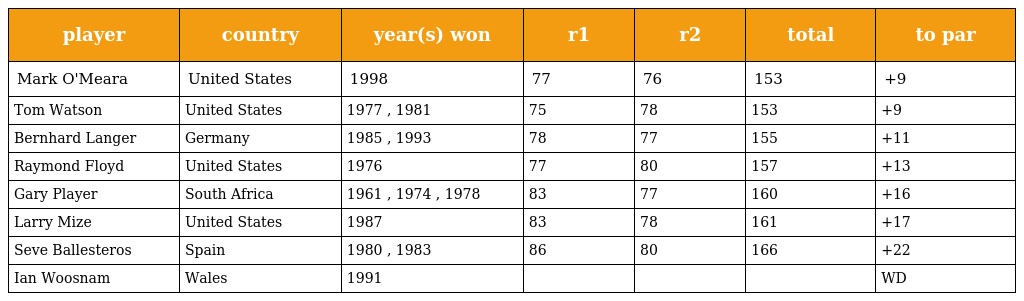
| player | country | year(s) won | r1 | r2 | total | to par |
 | --- | --- | --- | --- | --- | --- | --- |
 | Mark O'Meara | United States | 1998 | 77 | 76 | 153 | +9 |
 | Tom Watson | United States | 1977 , 1981 | 75 | 78 | 153 | +9 |
 | Bernhard Langer | Germany | 1985 , 1993 | 78 | 77 | 155 | +11 |
 | Raymond Floyd | United States | 1976 | 77 | 80 | 157 | +13 |
 | Gary Player | South Africa | 1961 , 1974 , 1978 | 83 | 77 | 160 | +16 |
 | Larry Mize | United States | 1987 | 83 | 78 | 161 | +17 |
 | Seve Ballesteros | Spain | 1980 , 1983 | 86 | 80 | 166 | +22 |
 | Ian Woosnam | Wales | 1991 |  |  |  | WD |